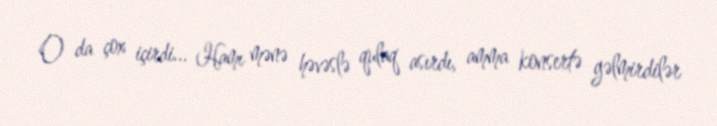
O da çox içirdi... Hamı mənə həvəslə qulaq asırdı, amma konsertə gəlmirdilər